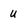
Character: u